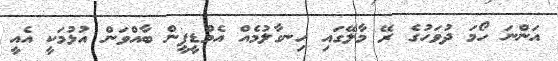
އަންނަ ހޯމަ ދުވަހުގެ ރޭ މާލޭގައި ހިނގާލުމެއް އެމްޑީޕީން ބާއްވަން އުޅުމަކީ އެއީ